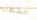
الشظايا